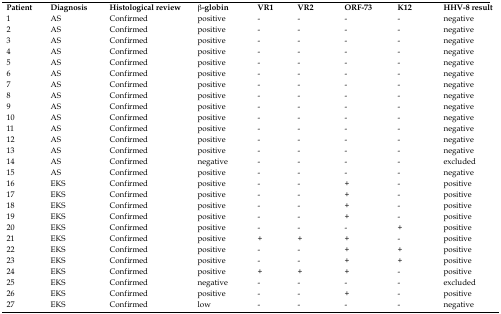
<table><thead><tr><td><b>Patient</b></td><td><b>Diagnosis</b></td><td><b>Histological review</b></td><td><b>β-globin</b></td><td><b>VR1</b></td><td><b>VR2</b></td><td><b>ORF-73</b></td><td><b>K12</b></td><td><b>HHV-8 result</b></td></tr></thead><tbody><tr><td>1</td><td>AS </td><td>Confirmed</td><td>positive</td><td>-</td><td>-</td><td>-</td><td>-</td><td>negative</td></tr><tr><td>2</td><td>AS </td><td>Confirmed</td><td>positive</td><td>-</td><td>-</td><td>-</td><td>-</td><td>negative</td></tr><tr><td>3</td><td>AS </td><td>Confirmed</td><td>positive</td><td>-</td><td>-</td><td>-</td><td>-</td><td>negative</td></tr><tr><td>4</td><td>AS </td><td>Confirmed</td><td>positive</td><td>-</td><td>-</td><td>-</td><td>-</td><td>negative</td></tr><tr><td>5</td><td>AS </td><td>Confirmed</td><td>positive</td><td>-</td><td>-</td><td>-</td><td>-</td><td>negative</td></tr><tr><td>6</td><td>AS </td><td>Confirmed</td><td>positive</td><td>-</td><td>-</td><td>-</td><td>-</td><td>negative</td></tr><tr><td>7</td><td>AS </td><td>Confirmed</td><td>positive</td><td>-</td><td>-</td><td>-</td><td>-</td><td>negative</td></tr><tr><td>8</td><td>AS </td><td>Confirmed</td><td>positive</td><td>-</td><td>-</td><td>-</td><td>-</td><td>negative</td></tr><tr><td>9</td><td>AS </td><td>Confirmed</td><td>positive</td><td>-</td><td>-</td><td>-</td><td>-</td><td>negative</td></tr><tr><td>10</td><td>AS </td><td>Confirmed</td><td>positive</td><td>-</td><td>-</td><td>-</td><td>-</td><td>negative</td></tr><tr><td>11</td><td>AS </td><td>Confirmed</td><td>positive</td><td>-</td><td>-</td><td>-</td><td>-</td><td>negative</td></tr><tr><td>12</td><td>AS </td><td>Confirmed</td><td>positive</td><td>-</td><td>-</td><td>-</td><td>-</td><td>negative</td></tr><tr><td>13</td><td>AS </td><td>Confirmed</td><td>positive</td><td>-</td><td>-</td><td>-</td><td>-</td><td>negative</td></tr><tr><td>14</td><td>AS </td><td>Confirmed</td><td>negative</td><td>-</td><td>-</td><td>-</td><td>-</td><td>excluded</td></tr><tr><td>15</td><td>AS </td><td>Confirmed</td><td>positive</td><td>-</td><td>-</td><td>-</td><td>-</td><td>negative</td></tr><tr><td>16</td><td>EKS</td><td>Confirmed</td><td>positive</td><td>-</td><td>-</td><td>+</td><td>-</td><td>positive</td></tr><tr><td>17</td><td>EKS</td><td>Confirmed</td><td>positive</td><td>-</td><td>-</td><td>+</td><td>-</td><td>positive</td></tr><tr><td>18</td><td>EKS</td><td>Confirmed</td><td>positive</td><td>-</td><td>-</td><td>+</td><td>-</td><td>positive</td></tr><tr><td>19</td><td>EKS</td><td>Confirmed</td><td>positive</td><td>-</td><td>-</td><td>+</td><td>-</td><td>positive</td></tr><tr><td>20</td><td>EKS</td><td>Confirmed</td><td>positive</td><td>-</td><td>-</td><td>-</td><td>+</td><td>positive</td></tr><tr><td>21</td><td>EKS</td><td>Confirmed</td><td>positive</td><td>+</td><td>+</td><td>+</td><td>-</td><td>positive</td></tr><tr><td>22</td><td>EKS</td><td>Confirmed</td><td>positive</td><td>-</td><td>-</td><td>+</td><td>+</td><td>positive</td></tr><tr><td>23</td><td>EKS</td><td>Confirmed</td><td>positive</td><td>-</td><td>-</td><td>+</td><td>+</td><td>positive</td></tr><tr><td>24</td><td>EKS</td><td>Confirmed</td><td>positive</td><td>+</td><td>+</td><td>+</td><td>-</td><td>positive</td></tr><tr><td>25</td><td>EKS</td><td>Confirmed</td><td>negative</td><td>-</td><td>-</td><td>-</td><td>-</td><td>excluded</td></tr><tr><td>26</td><td>EKS</td><td>Confirmed</td><td>positive</td><td>-</td><td>-</td><td>+</td><td>-</td><td>positive</td></tr><tr><td>27</td><td>EKS</td><td>Confirmed</td><td>low</td><td>-</td><td>-</td><td>-</td><td>-</td><td>negative</td></tr></tbody></table>